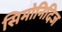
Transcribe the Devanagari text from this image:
सिमोनिदिज